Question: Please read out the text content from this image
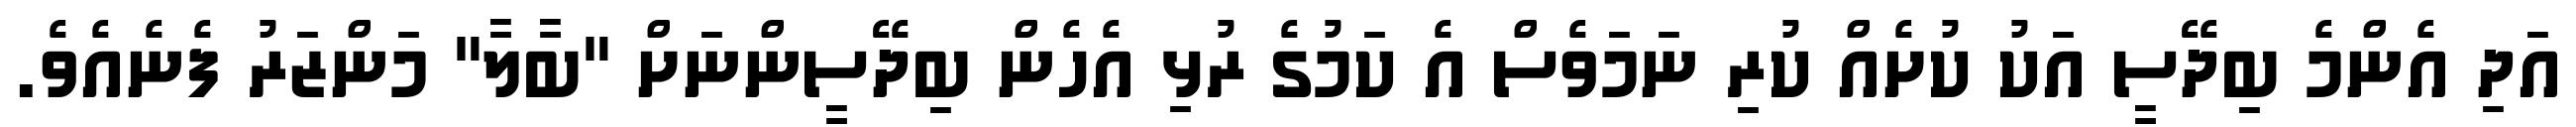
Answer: އަދި އެންމެ ބިދޭސީ އަކު ކުށެއް ކުރި ނަމަވެސް އެ ކަމުގެ ރުޅި އެހެން ބިދޭސީންނަށް "ބާލާ" މަންޒަރު ފެނެއެވެ.